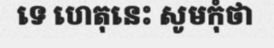
ទេ ហេតុនេះ សូមកុំថា